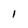
Character: 1